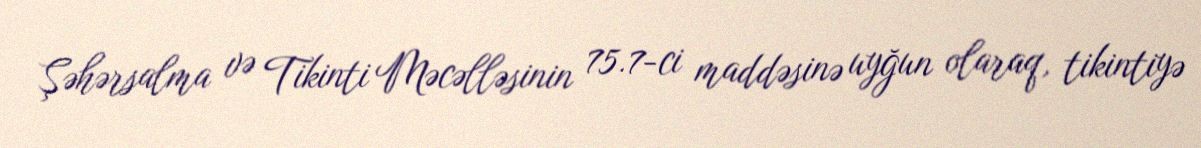
Şəhərsalma və Tikinti Məcəlləsinin 75.7-ci maddəsinə uyğun olaraq, tikintiyə